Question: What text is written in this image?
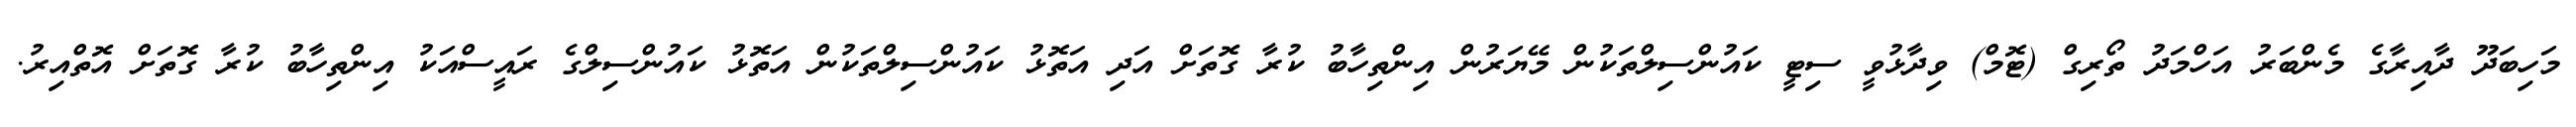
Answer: މަހިބަދޫ ދާއިރާގެ މެންބަރު އަހްމަދު ތޯރިގް (ޓޮމް) ވިދާޅުވީ ސިޓީ ކައުންސިލްތަކުން މޭޔަރުން އިންތިހާބު ކުރާ ގޮތަށް އަދި އަތޮޅު ކައުންސިލްތަކުން އަތޮޅު ކައުންސިލްގެ ރައީސްއަކު އިންތިހާބު ކުރާ ގޮތަށް އޮތްއިރު.